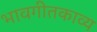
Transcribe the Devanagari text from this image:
भावगीतकाव्य